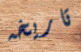
تاريخه